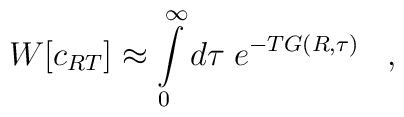
W[c_{RT}] \approx  \int\limits_{0}^{\infty}d\tau \; e^{-TG(R,\tau)}\;\;\;,